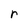
Character: r